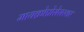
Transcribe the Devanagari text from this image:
मायक्रोप्रोसेसरवर